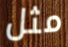
مثل